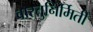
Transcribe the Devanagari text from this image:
वास्तुनिर्मिती